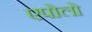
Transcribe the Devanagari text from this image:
एपोलो